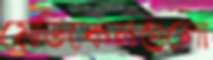
মেডিকেলগুলো